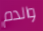
والدم